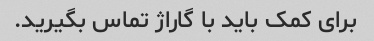
برای کمک باید با گاراژ تماس بگیرید.